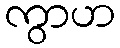
ကွာဟ